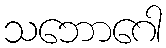
သဘောဂေါ